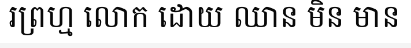
រព្រហ្ម លោក ដោយ ឈាន មិន មាន